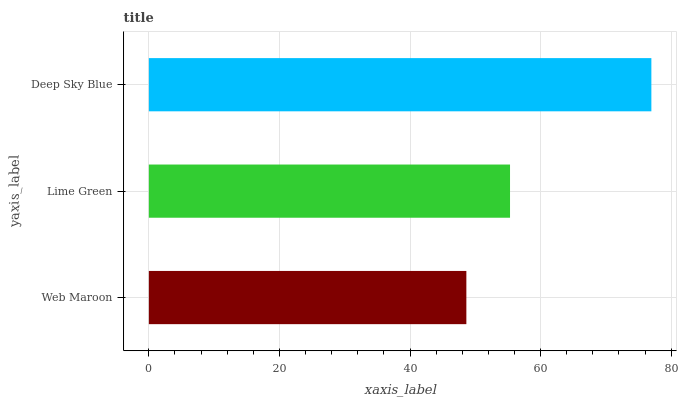
| yaxis_label | bars |
 | --- | --- |
 | Web Maroon | 48.6 |
 | Lime Green | 55.3 |
 | Deep Sky Blue | 77 |